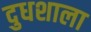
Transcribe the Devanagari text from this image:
दुधशाला